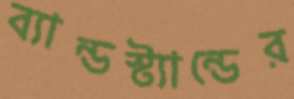
ব্যান্ডস্ট্যান্ডের